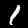
Digit: 1